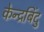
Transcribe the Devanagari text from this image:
केन्द्रबिंदु